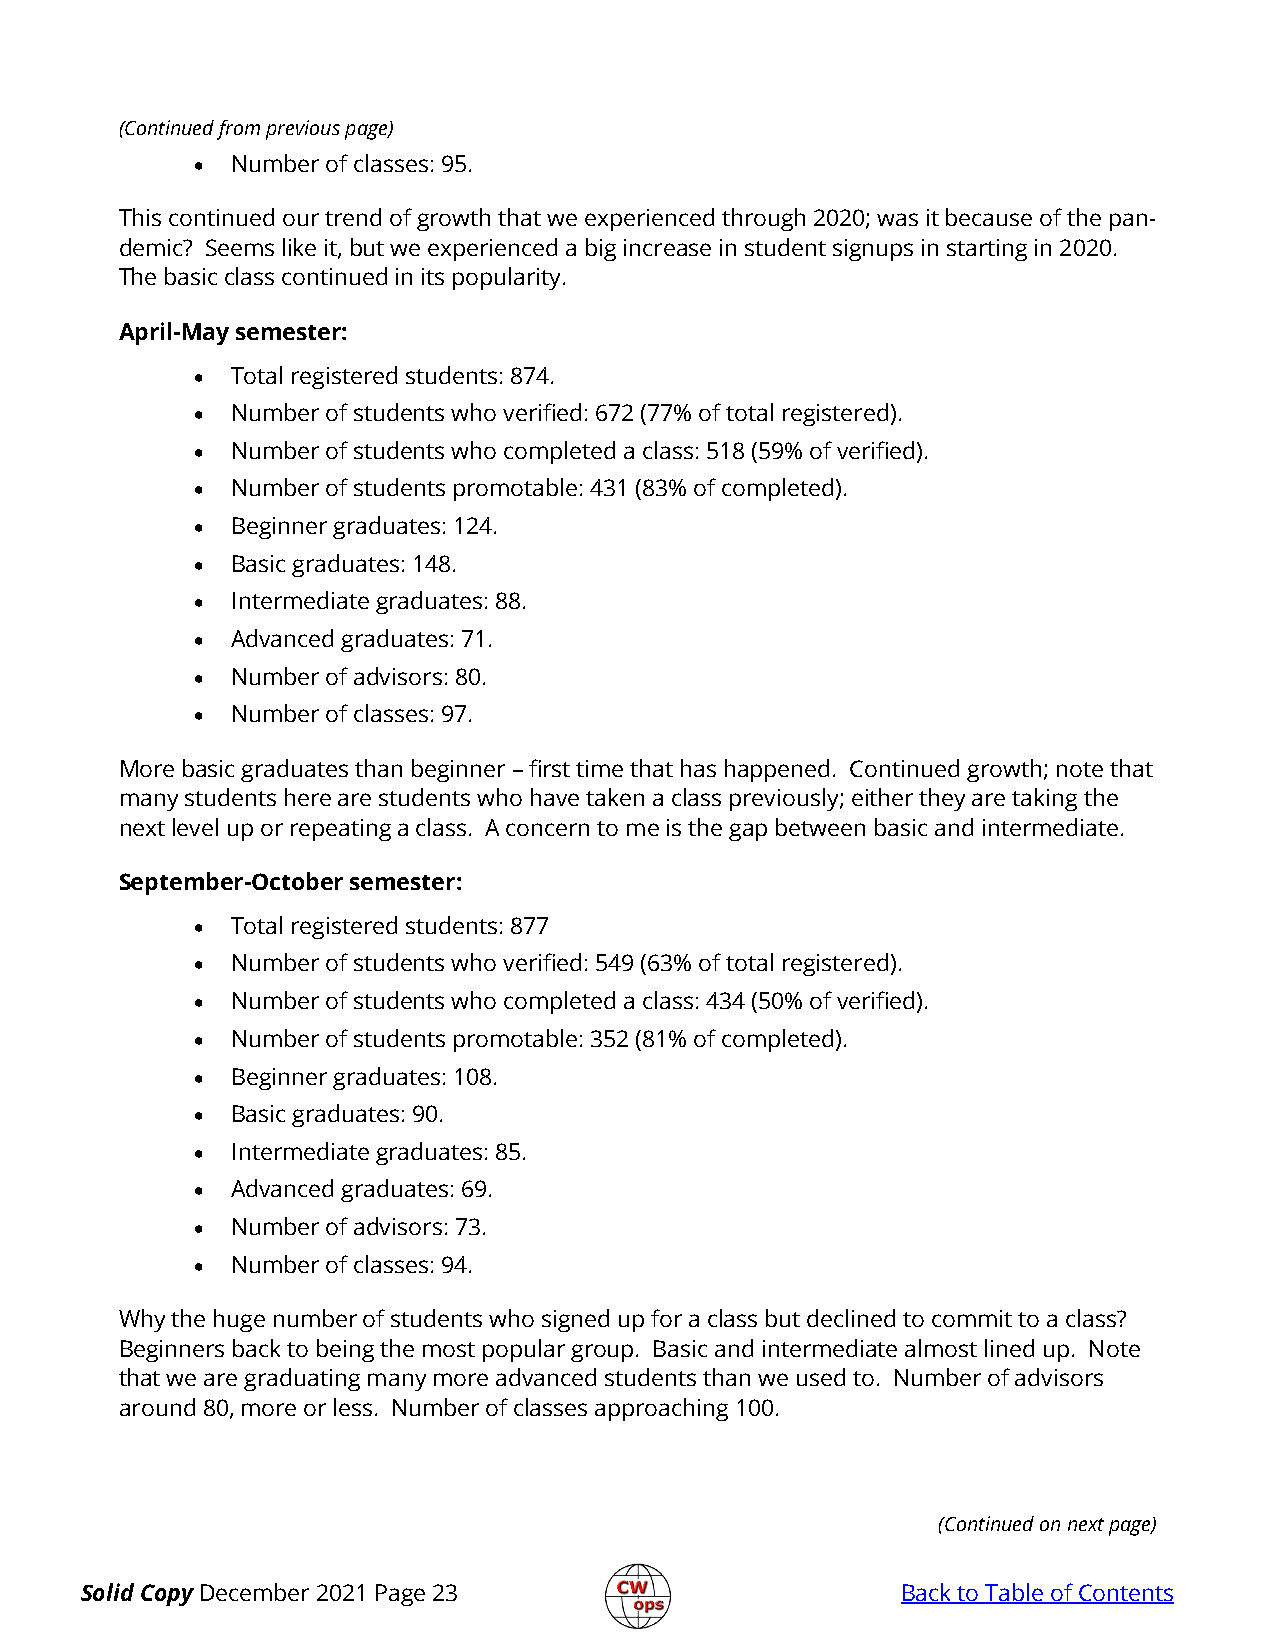
(Continued from previous page)
 • Number of classes: 95.
 This continued our trend of growth that we experienced through 2020; was it because of the pan-
 demic? Seems like it, but we experienced a big increase in student signups in starting in 2020.
 The basic class continued in its popularity.
 April-May semester:
 • Total registered students: 874.
 • Number of students who verified: 672 (77% of total registered).
 • Number of students who completed a class: 518 (59% of verified).
 • Number of students promotable: 431 (83% of completed).
 • Beginner graduates: 124.
 • Basic graduates: 148.
 • Intermediate graduates: 88.
 • Advanced graduates: 71.
 • Number of advisors: 80.
 • Number of classes: 97.
 More basic graduates than beginner – first time that has happened. Continued growth; note that
 many students here are students who have taken a class previously; either they are taking the
 next level up or repeating a class. A concern to me is the gap between basic and intermediate.
 September-October semester:
 • Total registered students: 877
 • Number of students who verified: 549 (63% of total registered).
 • Number of students who completed a class: 434 (50% of verified).
 • Number of students promotable: 352 (81% of completed).
 • Beginner graduates: 108.
 • Basic graduates: 90.
 • Intermediate graduates: 85.
 • Advanced graduates: 69.
 • Number of advisors: 73.
 • Number of classes: 94.
 Why the huge number of students who signed up for a class but declined to commit to a class?
 Beginners back to being the most popular group. Basic and intermediate almost lined up. Note
 that we are graduating many more advanced students than we used to. Number of advisors
 around 80, more or less. Number of classes approaching 100.
 (Continued on next page)
 Solid Copy December 2021 Page 23                       Back to Table of Contents